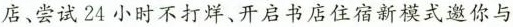
店、尝试24小时不打烊、开启书店住宿新模式邀你与